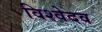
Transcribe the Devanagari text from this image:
विश्वेदव